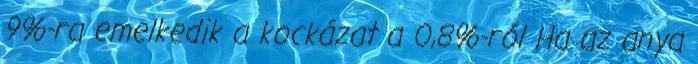
9%-ra emelkedik a kockázat a 0,8%-ról Ha az anya